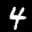
Label: 4